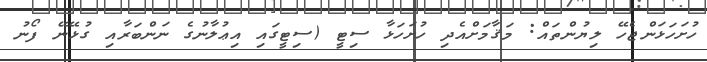
ހުށަހަޅަންޖެހޭ ލިޔުންތައް: މަޤާމަށްއެދި ހުށަހަޅާ ސިޓީ (ސިޓީގައި އިޢުލާނުގެ ނަންބަރާއި ގުޅޭނޭ ފޯނު